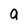
Character: a